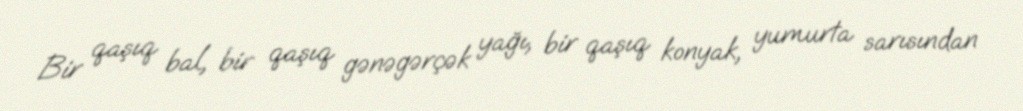
Bir qaşıq bal, bir qaşıq gənəgərçək yağı, bir qaşıq konyak, yumurta sarısından